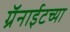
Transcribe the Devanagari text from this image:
ग्रॅनाईटच्या